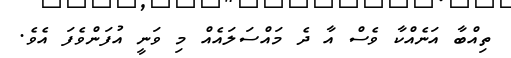
ތިއްބާ އަނެއްކާ ވެސް އާ ދެ މައްސަލައެއް މި ވަނީ އުފަންވެފަ އެވެ.